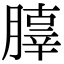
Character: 䐻